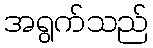
အရွက်သည်